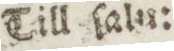
Till ſalu: